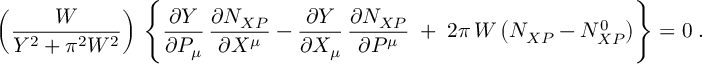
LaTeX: \nonumber \left( \frac { { \cal W } } { { \cal Y } ^ { 2 } + \pi ^ { 2 } { \cal W } ^ { 2 } } \right) \, \left\{ \frac { \partial { \cal Y } } { \partial P _ { \mu } } \, \frac { \partial N _ { X P } } { \partial X ^ { \mu } } - \frac { \partial { \cal Y } } { \partial X _ { \mu } } \, \frac { \partial N _ { X P } } { \partial P ^ { \mu } } \; + \; 2 \pi \, { \cal W } \left( N _ { X P } - N _ { X P } ^ { 0 } \right) \right\} = 0 \; .